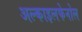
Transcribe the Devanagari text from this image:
अल्काइलफेनोल